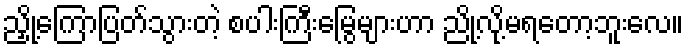
ညှို့ကြောပြတ်သွားတဲ့ စပါးကြီးမြွေများဟာ ညို့လို့မရတော့ဘူးလေ။